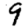
Digit: 9